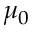
\mu _ { 0 }